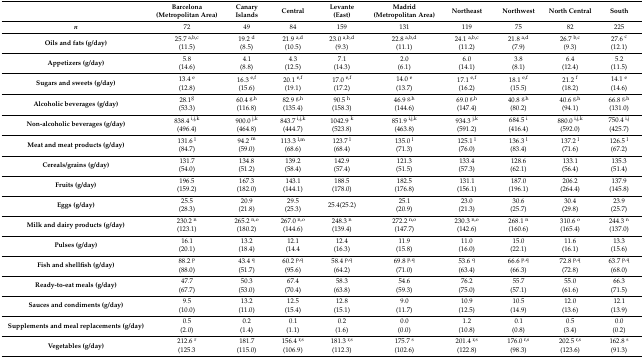
<table><thead><tr><td></td><td><b>Barcelona (Metropolitan Area)</b></td><td><b>Canary Islands</b></td><td><b>Central</b></td><td><b>Levante (East)</b></td><td><b>Madrid (Metropolitan Area)</b></td><td><b>Northeast</b></td><td><b>Northwest</b></td><td><b>North Central</b></td><td><b>South</b></td></tr></thead><tbody><tr><td><b><i>n</i></b></td><td>72</td><td>49</td><td>84</td><td>159</td><td>131</td><td>119</td><td>75</td><td>82</td><td>225</td></tr><tr><td><b>Oils and fats (g/day)</b></td><td>25.7 <sup>a,b,c</sup>(11.5)</td><td>19.2 <sup>d</sup>(8.5)</td><td>21.9 <sup>a,d</sup>(10.5)</td><td>23.0 <sup>a,b,d</sup>(9.3)</td><td>22.8 <sup>a,b,d</sup>(11.1)</td><td>24.1 <sup>a,b,c</sup>(11.2)</td><td>21.8 <sup>a,d</sup>(7.9)</td><td>26.7 <sup>b,c</sup>(9.3)</td><td>27.6 <sup>c</sup>(12.1)</td></tr><tr><td><b>Appetizers (g/day)</b></td><td>5.8 (14.6)</td><td>4.1 (8.8)</td><td>4.3 (12.5)</td><td>7.1 (14.3)</td><td>2.0 (6.1)</td><td>6.0 (14.1)</td><td>3.8 (8.1)</td><td>6.4 (12.4)</td><td>5.2 (11.5)</td></tr><tr><td><b>Sugars and sweets (g/day)</b></td><td>13.4 <sup>e</sup>(12.8)</td><td>16.3 <sup>e,f</sup>(15.6)</td><td>20.1 <sup>e,f</sup>(19.1)</td><td>17.0 <sup>e,f</sup>(17.2)</td><td>14.0 <sup>e</sup>(13.7)</td><td>17.1 <sup>e,f</sup>(16.2)</td><td>18.1 <sup>e,f</sup>(15.5)</td><td>21.2 <sup>f</sup>(18.2)</td><td>14.1 <sup>e</sup>(14.6)</td></tr><tr><td><b>Alcoholic beverages (g/day)</b></td><td>28.1<sup>g</sup>(53.3)</td><td>60.4 <sup>g,h</sup>(116.8)</td><td>82.9 <sup>g,h</sup>(135.4)</td><td>90.5 <sup>h</sup>(158.3)</td><td>46.9 <sup>g,h</sup>(144.6)</td><td>69.0 <sup>g,h</sup>(147.4)</td><td>40.8 <sup>g,h</sup>(80.2)</td><td>40.6 <sup>g,h</sup>(94.1)</td><td>66.8 <sup>g,h</sup>(131.0)</td></tr><tr><td><b>Non-alcoholic beverages (g/day)</b></td><td>838.4 <sup>i,j,k</sup>(496.4)</td><td>900.0 <sup>j,k</sup>(464.8)</td><td>843.7 <sup>i,j,k</sup>(444.7)</td><td>1042.9 <sup>k</sup>(523.8)</td><td>851.9 <sup>i,j,k</sup>(463.8)</td><td>934.3 <sup>j,k</sup>(591.2)</td><td>684.5 <sup>i</sup>(416.4)</td><td>880.0 <sup>i,j,k</sup>(592.0)</td><td>750.4 <sup>i,j</sup>(425.7)</td></tr><tr><td><b>Meat and meat products (g/day)</b></td><td>131.6 <sup>l</sup>(84.7)</td><td>94.2 <sup>m</sup>(59.0)</td><td>113.3 <sup>l,m</sup>(68.6)</td><td>123.7 <sup>l</sup>(68.4)</td><td>135.0 <sup>l</sup>(71.3)</td><td>125.1 <sup>l</sup>(76.0)</td><td>136.3 <sup>l</sup>(83.4)</td><td>137.2 <sup>l</sup>(71.6)</td><td>126.5 <sup>l</sup>(67.2)</td></tr><tr><td><b>Cereals/grains (g/day)</b></td><td>131.7 (54.0)</td><td>134.8 (51.2)</td><td>139.2 (58.4)</td><td>142.9 (57.4)</td><td>121.3 (51.5)</td><td>133.4 (57.3)</td><td>128.6 (62.1)</td><td>133.1 (56.4)</td><td>135.3 (51.4)</td></tr><tr><td><b>Fruits (g/day)</b></td><td>196.5 (159.2)</td><td>167.3 (182.0)</td><td>143.1 (144.1)</td><td>188.5 (178.0)</td><td>182.5 (176.8)</td><td>131.1 (156.1)</td><td>187.0 (196.1)</td><td>206.2 (264.4)</td><td>137.9 (145.8)</td></tr><tr><td><b>Eggs (g/day)</b></td><td>25.5 (28.3)</td><td>20.9 (21.8)</td><td>29.5 (25.3)</td><td>25.4(25.2)</td><td>25.1 (20.9)</td><td>23.0 (21.3)</td><td>30.6 (25.7)</td><td>30.4 (29.8)</td><td>23.9 (25.7)</td></tr><tr><td><b>Milk and dairy products (g/day)</b></td><td>230.2 <sup>n</sup>(123.1)</td><td>265.2 <sup>n,o</sup>(180.2)</td><td>267.0 <sup>n,o</sup>(144.6)</td><td>248.3 <sup>n</sup>(139.4)</td><td>272.2 <sup>n,o</sup>(147.7)</td><td>230.3 <sup>n,o</sup>(142.6)</td><td>268.1 <sup>n</sup>(160.6)</td><td>310.6 <sup>o</sup>(165.4)</td><td>244.3 <sup>n</sup>(137.0)</td></tr><tr><td><b>Pulses (g/day)</b></td><td>16.1 (20.1)</td><td>13.2 (18.4)</td><td>12.1 (14.4</td><td>12.4 (16.3) </td><td>11.9 (15.8)</td><td>11.0 (16.0)</td><td>15.0 (22.1)</td><td>11.6 (16.1)</td><td>13.3 (15.6)</td></tr><tr><td><b>Fish and shellfish (g/day)</b></td><td>88.2 <sup>p</sup>(88.0)</td><td>43.4 <sup>q</sup>(51.7)</td><td>60.2 <sup>p,q</sup>(95.6)</td><td>58.4 <sup>p,q</sup>(64.2)</td><td>69.8 <sup>p,q</sup>(71.0)</td><td>53.6 <sup>q</sup>(63.4)</td><td>66.6 <sup>p,q</sup>(66.3)</td><td>72.8 <sup>p,q</sup>(72.8)</td><td>63.7 <sup>p,q</sup>(68.0)</td></tr><tr><td><b>Ready-to-eat meals (g/day)</b></td><td>47.7 (67.7)</td><td>50.3 (53.0)</td><td>67.4 (70.4)</td><td>58.3 (63.8)</td><td>54.6 (59.3)</td><td>76.2 (75.0)</td><td>55.7 (57.1)</td><td>55.0 (61.6)</td><td>66.3 (71.5)</td></tr><tr><td><b>Sauces and condiments (g/day)</b></td><td>9.5 (10.0)</td><td>13.2 (11.0)</td><td>12.5 (15.4)</td><td>12.8 (15.1)</td><td>9.0 (11.7)</td><td>10.9 (12.5)</td><td>10.5 (14.9)</td><td>12.0 (13.6)</td><td>12.1 (13.9)</td></tr><tr><td><b>Supplements and meal replacements (g/day)</b></td><td>0.5 (2.0)</td><td>0.2 (1.4)</td><td>0.1 (1.1)</td><td>0.2 (1.6)</td><td>0.0 (0.0)</td><td>1.2 (10.8)</td><td>0.1 (0.8)</td><td>0.5 (3.4)</td><td>0.0 (0.2)</td></tr><tr><td><b>Vegetables (g/day)</b></td><td>212.6 <sup>r</sup>(125.3</td><td>181.7 (115.0)</td><td>156.4 <sup>r,s</sup>(106.9)</td><td>181.3 <sup>r,s</sup>(112.3)</td><td>175.7 <sup>s</sup>(102.6)</td><td>201.4 <sup>r,s</sup>(122.8)</td><td>176.0 <sup>r,s</sup>(98.3)</td><td>202.5 <sup>r,s</sup>(123.6)</td><td>162.8 <sup>s</sup>(91.3)</td></tr></tbody></table>